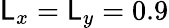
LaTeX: \mathsf{L}_{x}=\mathsf{L}_{y}=0.9